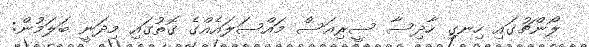
ލޯންޗުގައި ހިނގި ހާދިސާ ސީރިއަސް މައްސަލައެއްގެ ގޮތުގައި މިދަނީ ބަލަމުން: